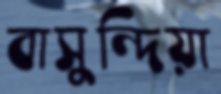
বাসুন্দিয়া